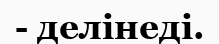
- делінеді.